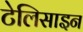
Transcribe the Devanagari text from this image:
टेलिसाइन